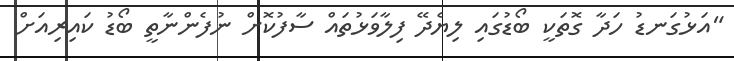
"އަޅުގަނޑު ހަދާ ގޮތަކީ ބޯޑުގައި ލިޔެދޭ ފިލާވަޅުތައް ސާފުކޮށް ނުފެންނާތީ ބޯޑު ކައިރިއަށް